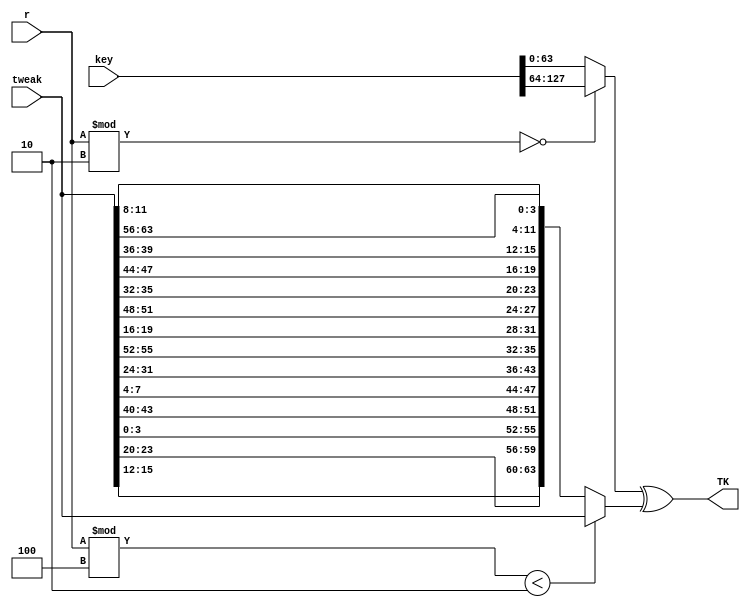
module craft_key_schedule (
    input wire [128-1:0] key,
    input wire [64-1:0] tweak,
    input [8-1:0] r,
    output wire [64-1:0] TK
);

  wire [63:0] t_key;
  wire [63:0] t_tweak;
  function [63 : 0] q_permutation(input [63 : 0] data);
    begin
      // 12, 10, 15, 5, 14, 8, 9, 2, 11, 3, 7, 4, 6, 0, 1, 13]
      q_permutation[15*4+:4] = data[(15-12)*4+:4];
      q_permutation[14*4+:4] = data[(15-10)*4+:4];
      q_permutation[13*4+:4] = data[(15-15)*4+:4];
      q_permutation[12*4+:4] = data[(15-5)*4+:4];
      q_permutation[11*4+:4] = data[(15-14)*4+:4];
      q_permutation[10*4+:4] = data[(15-8)*4+:4];
      q_permutation[9*4+:4]  = data[(15-9)*4+:4];
      q_permutation[8*4+:4]  = data[(15-2)*4+:4];
      q_permutation[7*4+:4]  = data[(15-11)*4+:4];
      q_permutation[6*4+:4]  = data[(15-3)*4+:4];
      q_permutation[5*4+:4]  = data[(15-7)*4+:4];
      q_permutation[4*4+:4]  = data[(15-4)*4+:4];
      q_permutation[3*4+:4]  = data[(15-6)*4+:4];
      q_permutation[2*4+:4]  = data[(15-0)*4+:4];
      q_permutation[1*4+:4]  = data[(15-1)*4+:4];
      q_permutation[0*4+:4]  = data[(15-13)*4+:4];
    end
  endfunction  // q_permutation

  assign t_key = (r % 2 == 0) ? key[127-:64] : key[63-:64];
  assign t_tweak = (r % 4 < 2) ? tweak : q_permutation(tweak);


  assign TK = t_key ^ t_tweak;


endmodule  //craft_key_schedule